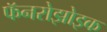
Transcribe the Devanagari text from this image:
फॅनरोझोइक